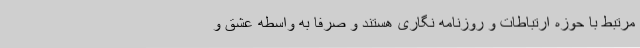
مرتبط با حوزه ارتباطات و روزنامه نگاری هستند و صرفا به واسطه عشق و